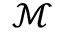
\mathcal { M }